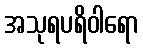
အသုရပရိဝါရော